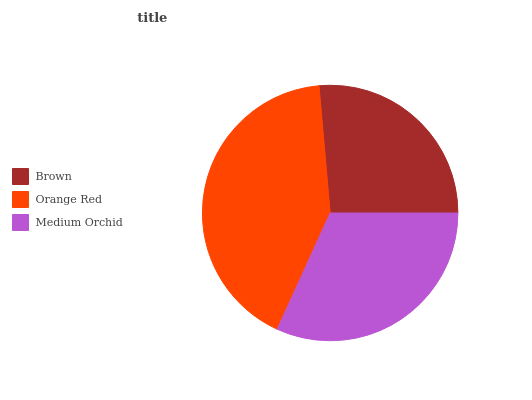
| Brown | Orange Red | Medium Orchid |
 | --- | --- | --- |
 | 26.4% | 41.8% | 31.8% |